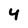
Character: 4